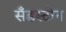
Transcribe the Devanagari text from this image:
सँडस्टोन